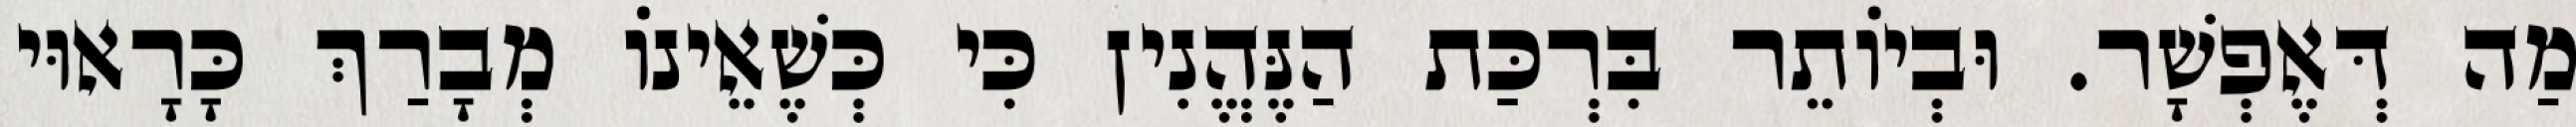
מַה דְּאֶפְשָׁר. וּבְיוֹתֵר בִּרְכַּת הַנֶּהֱנִין כִּי כְּשֶׁאֵינוֹ מְבָרַךְ כָּרָאוּי